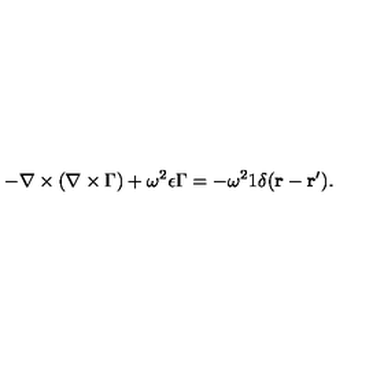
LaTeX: - \mathrm { \boldmath { \nabla \times ( \nabla \times \Gamma } } ) + \omega ^ { 2 } \epsilon \mathrm { \boldmath { \Gamma } } = - \omega ^ { 2 } \mathrm { \boldmath { 1 } } \delta ( { \bf r - r ^ { \prime } } ) .